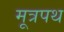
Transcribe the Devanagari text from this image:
मूत्रपथ